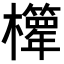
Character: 𣠊